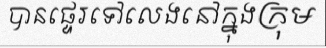
បានផ្ទេរទៅលេងនៅក្នុងក្រុម